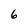
Character: 6